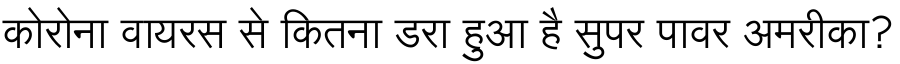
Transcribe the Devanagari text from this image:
कोरोना वायरस से कितना डरा हुआ है सुपर पावर अमरीका?